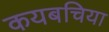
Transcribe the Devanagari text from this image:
कयबचिया